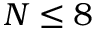
N \leq 8